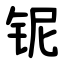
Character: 铌